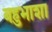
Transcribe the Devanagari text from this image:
बहुभाशा